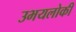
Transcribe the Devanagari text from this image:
उभयलोकी